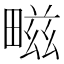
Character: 㽧